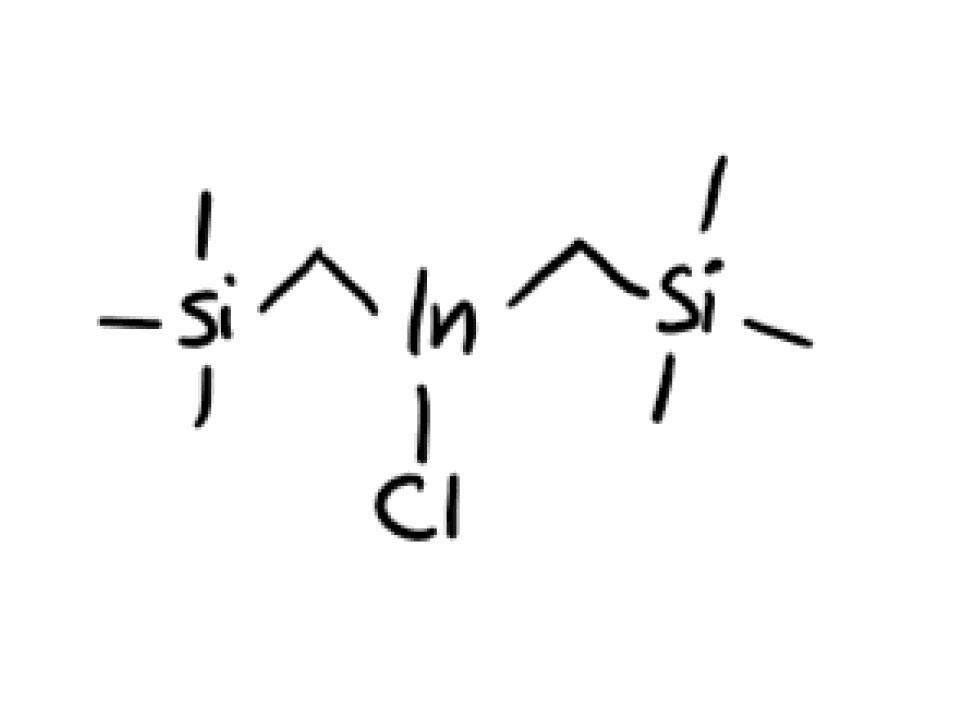
Simplified molecular-input line-entry system (SMILES) notation of the given molecule:
C[Si](C)(C)C[In](C[Si](C)(C)C)Cl